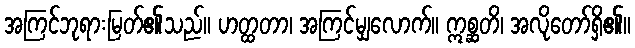
အကြင်ဘုရားမြတ်၏သည်။ ဟတ္ထတာ၊ အကြင်မျှလောက်။ ဣစ္ဆတိ၊ အလိုတော်ရှိ၏။